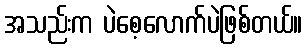
အသည်းက ပဲစေ့လောက်ပဲဖြစ်တယ်။